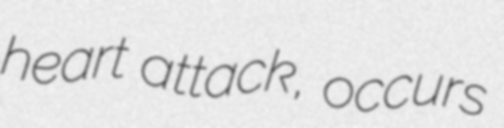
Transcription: heart attack, occurs